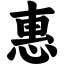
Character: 惠